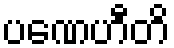
ပဏေဟီတိ